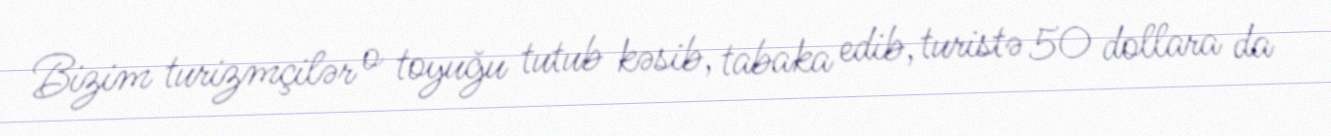
Bizim turizmçilər o toyuğu tutub kəsib, tabaka edib, turistə 50 dollara da